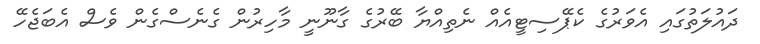
ދައުލަތުގައި އެވަރުގެ ކެޕޭސިޓީއެއް ނެތިއްޔާ ބޭރުގެ ގާނޫނީ މާހިރުން ގެނެސްގެން ވެސް އެބަޖެހޭ